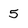
Character: 5